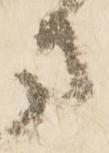
方